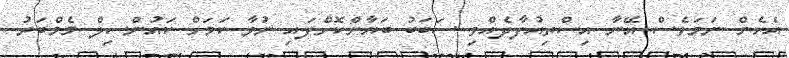
އެހެން ނަމަވެސް އޭނާ އިސްތިއުފާދެއްވި ސަބަބު ބަޔާންކޮށްފައި ނުވާ ކަމަށް ކައުންސިލް މެމްބަރު